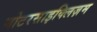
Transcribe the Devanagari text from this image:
मोटरसाइक्लिज़म